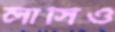
লাসিও